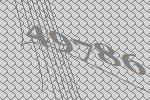
49786